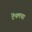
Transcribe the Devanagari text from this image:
टेंपलचा